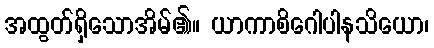
အထွတ်ရှိသောအိမ်၏။ ယာကာစိဂေါပါနသိယော၊